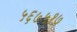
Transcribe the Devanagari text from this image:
५६७५१७